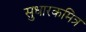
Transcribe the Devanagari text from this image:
सुधारकमित्र